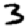
Digit: 3